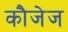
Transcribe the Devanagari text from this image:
कौजेज